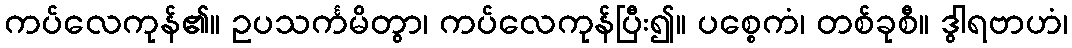
ကပ်လေကုန်၏။ ဥပသင်္ကမိတွာ၊ ကပ်လေကုန်ပြီး၍။ ပစ္စေကံ၊ တစ်ခုစီ။ ဒွါရဗာဟံ၊